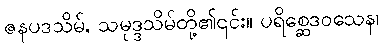
ဇနပဒသိမ်, သမုဒ္ဒသိမ်တို့၏၎င်း။ ပရိစ္ဆေဒဝသေန၊